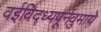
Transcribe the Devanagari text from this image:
वईविद्ध्यपूर्नवुमाये